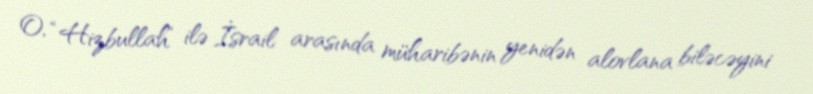
O, “Hizbullah“ ilə İsrail arasında müharibənin yenidən alovlana biləcəyini